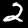
Label: 2